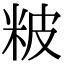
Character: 𥹖